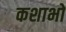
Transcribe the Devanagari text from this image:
कशाभों